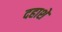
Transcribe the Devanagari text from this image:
दहाशें